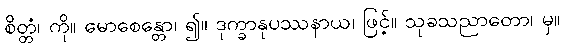
စိတ္တံ၊ ကို။ မောစေန္တော၊ ၍။ ဒုက္ခာနုပဿနာယ၊ ဖြင့်။ သုခသညာတော၊ မှ။